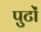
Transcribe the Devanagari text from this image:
पुटों